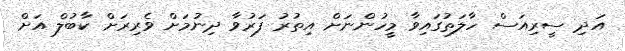
އަދި ސީރިއަސް ހާލަތުގައިވާ މީހުންނަށް އިތުރު ފަރުވާ ދިނުމަށް ވެރިރަށް ކާބުލް އަށް